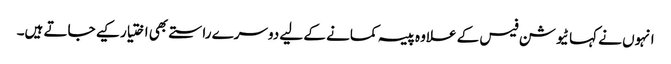
انہوں نے کہا ٹیوشن فیس کے علاوہ پیسہ کمانے کے لیے دوسرے راستے بھی اختیار کیے جاتے ہیں۔